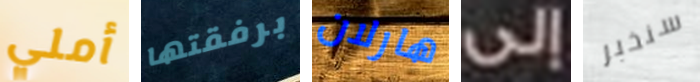
أملي برفقتها هارلان إلى سنخبر